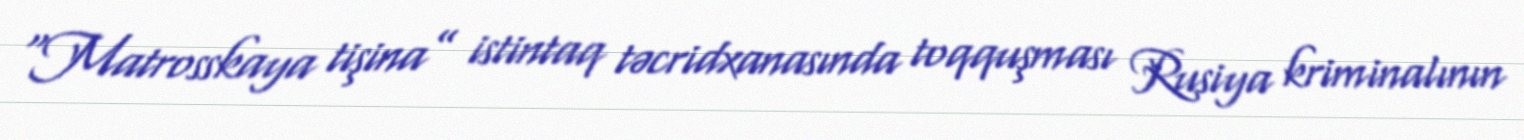
“Matrosskaya tişina” istintaq təcridxanasında toqquşması Rusiya kriminalının